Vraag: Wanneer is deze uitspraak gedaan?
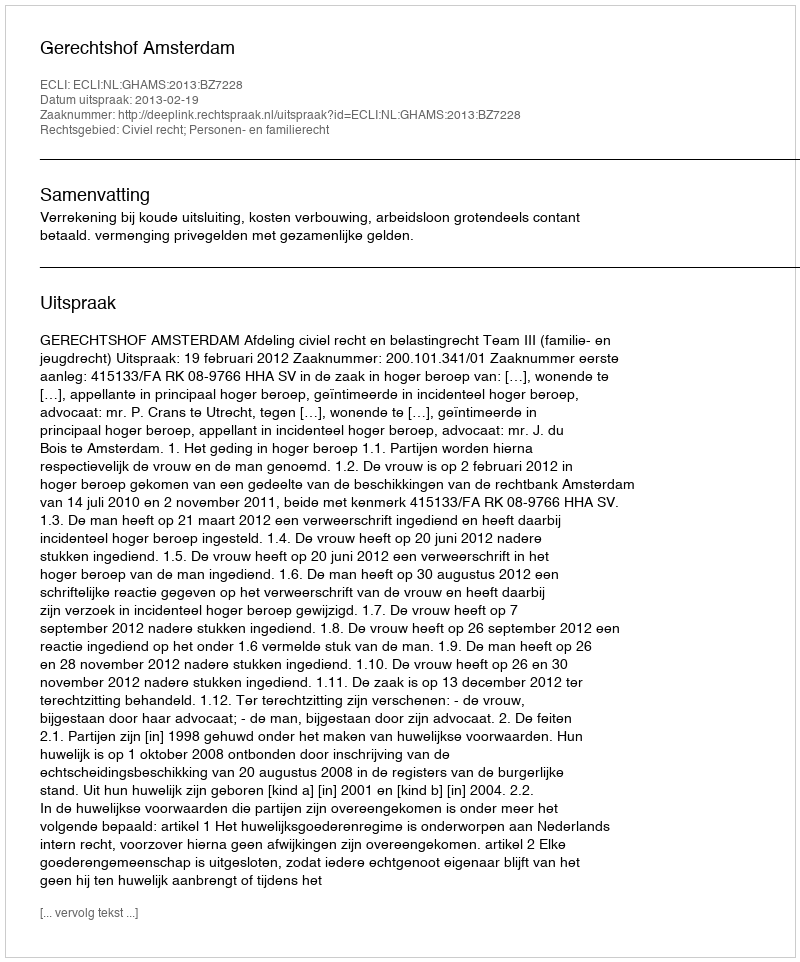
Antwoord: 2013-02-19